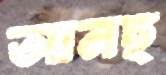
আনছ